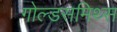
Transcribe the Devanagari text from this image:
गोल्डसमिथ्स